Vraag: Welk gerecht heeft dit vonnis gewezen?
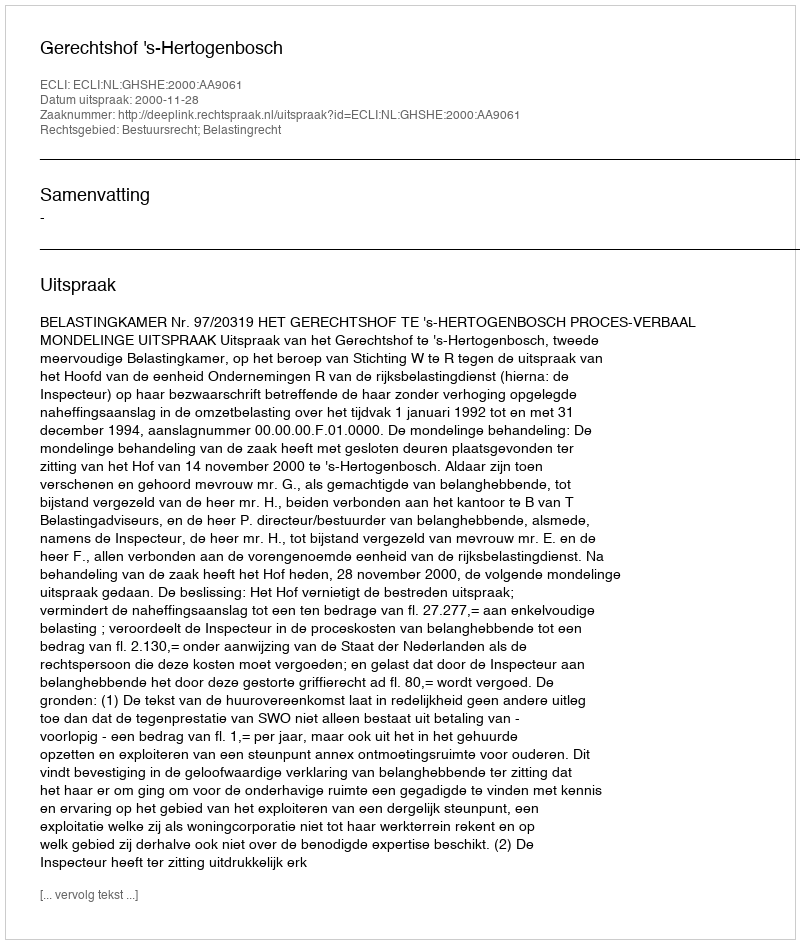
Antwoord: Gerechtshof 's-Hertogenbosch